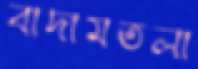
বাদামতলা